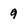
Character: 9